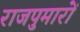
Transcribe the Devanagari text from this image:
राजपुमारों